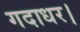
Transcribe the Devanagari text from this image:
गदाधर।